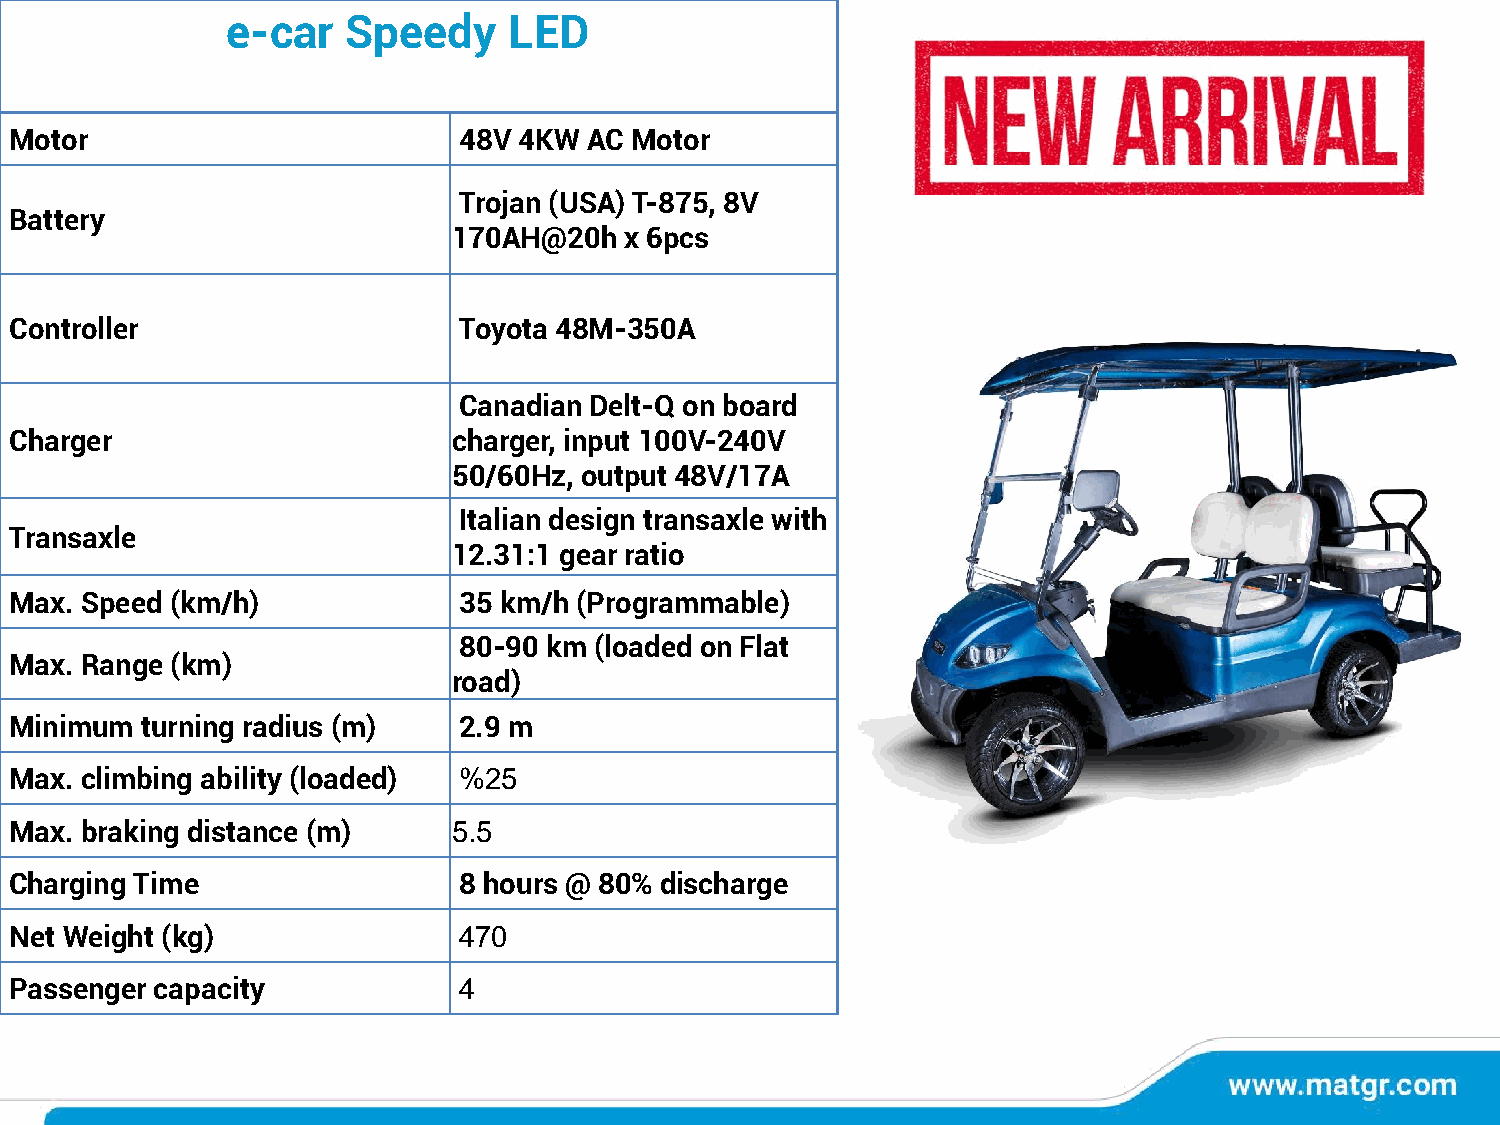
e-car   Speedy     LED
 Motor                        48V 4KW  AC Motor
 Trojan (USA) T-875, 8V
 Battery
 170AH@20h  x 6pcs
 Controller                   Toyota 48M-350A
 Canadian Delt-Q on board
 Charger                      charger, input 100V-240V
 50/60Hz, output 48V/17A
 Italian design transaxle with
 Transaxle
 12.31:1 gear ratio
 Max. Speed (km/h)            35 km/h (Programmable)
 80-90 km (loaded on Flat
 Max. Range (km)
 road)
 Minimum turning radius (m)   2.9 m
 Max. climbing ability (loaded) %25
 Max. braking distance (m)    5.5
 Charging Time                8 hours @ 80% discharge
 Net Weight (kg)              470
 Passenger capacity           4